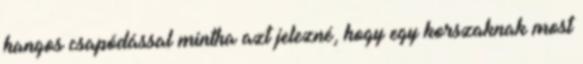
hangos csapódással mintha azt jelezné, hogy egy korszaknak most